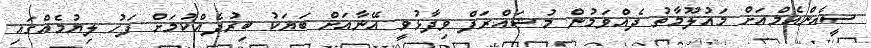
ސީއެންއެމްއަށް މައުލޫމާތު ދެއްވަމުން މުޝައްރަފް ވިދާޅުވީ އޭނާއަށް ބަޔަކު ބިރުދެއްކުމަށް ފަހު ލިޔުމެއްގައި